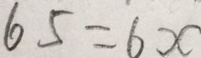
6 5 = 6 x